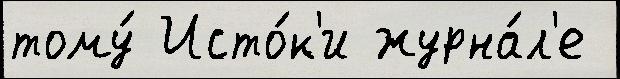
тому́ Исто́к'и журна́л'е